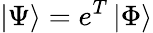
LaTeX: \left|\Psi\right>=e^{T}\left|\Phi\right>